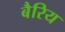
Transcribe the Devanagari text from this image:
बैरिय